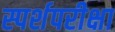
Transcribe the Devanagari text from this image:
स्पर्शपरीक्षा